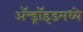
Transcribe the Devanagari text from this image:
ॲन्ड्रॉइडमध्ये